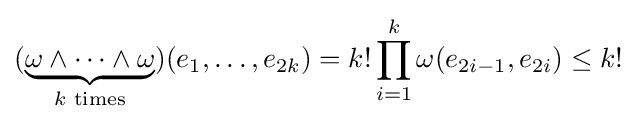
(\underbrace {\omega \wedge \cdots \wedge \omega } _{k{\text{ times}}})(e_{1},\ldots ,e_{2k})=k!\prod _{i=1}^{k}\omega (e_{2i-1},e_{2i})\leq k!